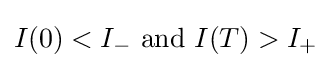
I(0)<I_{-}{\text{ and }}I(T)>I_{+}